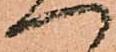
一